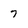
Character: 7